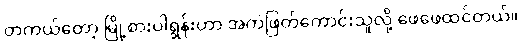
တကယ်တော့ မြို့စားပါရွန်းဟာ အကဲဖြတ်ကောင်းသူလို့ ဖေဖေထင်တယ်။